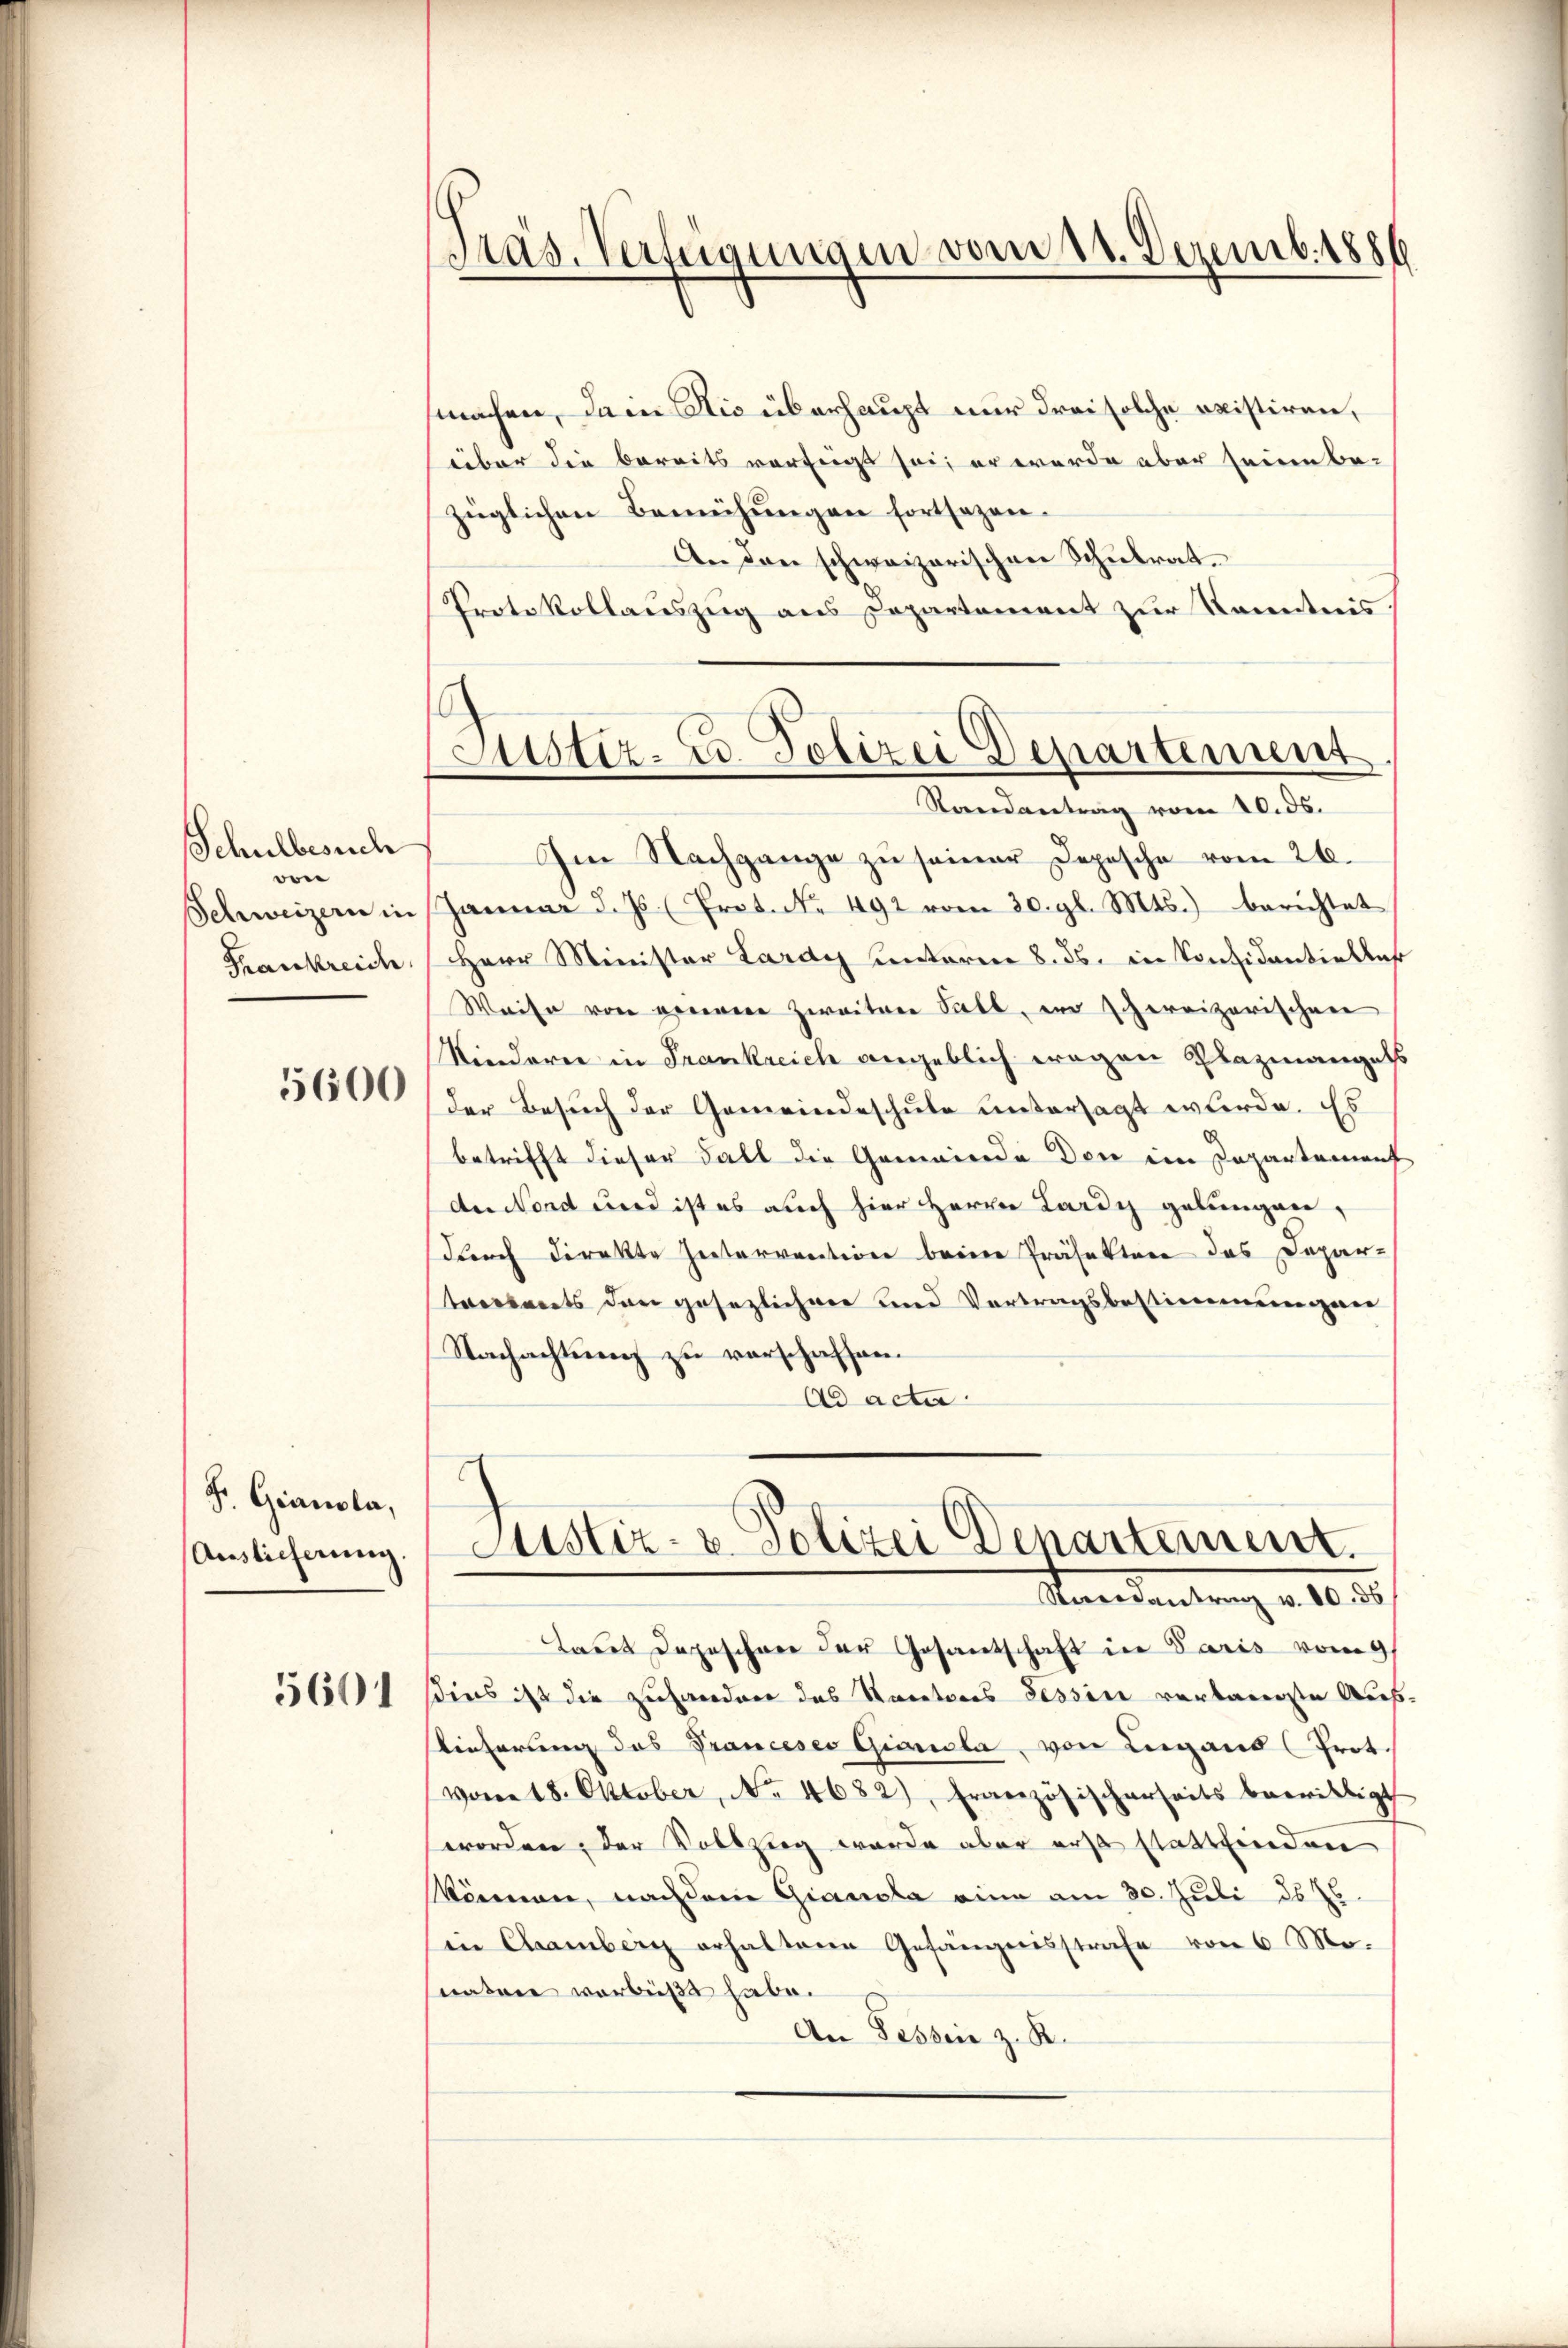
Schulbesuch
von
Schweizern in
Frankreich

5600

Fr. Gianola,
Auslicherung

5601

Präs. Verfügungen vom 11. Dezemb. 1886

Justiz- u. Polizei Departement

machen, dann die überhaupt nur drei solche existiren,
über die bereits verfügt sei, er werde aber seine be-
züglichen Bemühungen fortsagen.
An den schweizerischen Schulrat.
Protokollauszug aus Departement zur Kenntnis.
Randantrag vom 10. ds.
Im Nachgange zŭ seiner Depesche vom 26.
Janŭar d. Js. (Prot. No. 492 vom 30. gl. Mts. berichtet
Herr Minister Lardy Cantoren 8. ds. in Considantielles
Weise von seinere Zweiten Fall, er schereizerischen
Kinderer in Frankreich angeblich wegen Plazmangels
der Besuch der Gemeindeschule untersagt wurde. Es
betrifft dieser Fall die Gemeinde Den im Departement
der Nord wird ist es auch hier Herrn Lardy gelungen,
Durch direkte Zeitervention beim Präsektore das Depar-
terseits den gesezlicher und Vortragsbestimmungen
Nachachtung zu verschaffen.
Ad acta
.
Justiz- & Polizei Departement.
Sienantrag v. 10. 36
tages Depeschen der Gesandschaft in Paris vom 9.
sins ist die zuhandere das Rectores Tessin verbaueste Aus-
ieferung des Pranceses Gianola, von Lugans (Prot.
vom 18. Oktober, No. 4682), Französischerseits bewilligt
worden, der Vollsteg wurde aber erst stattfinden
ömen, nachdem Giacola eine am 30. Juli 16 t
in Chamberg erhaltene Gefängnisstrafe von 6 Mo-
natore verbüßt habe.
An Fessen z. B.